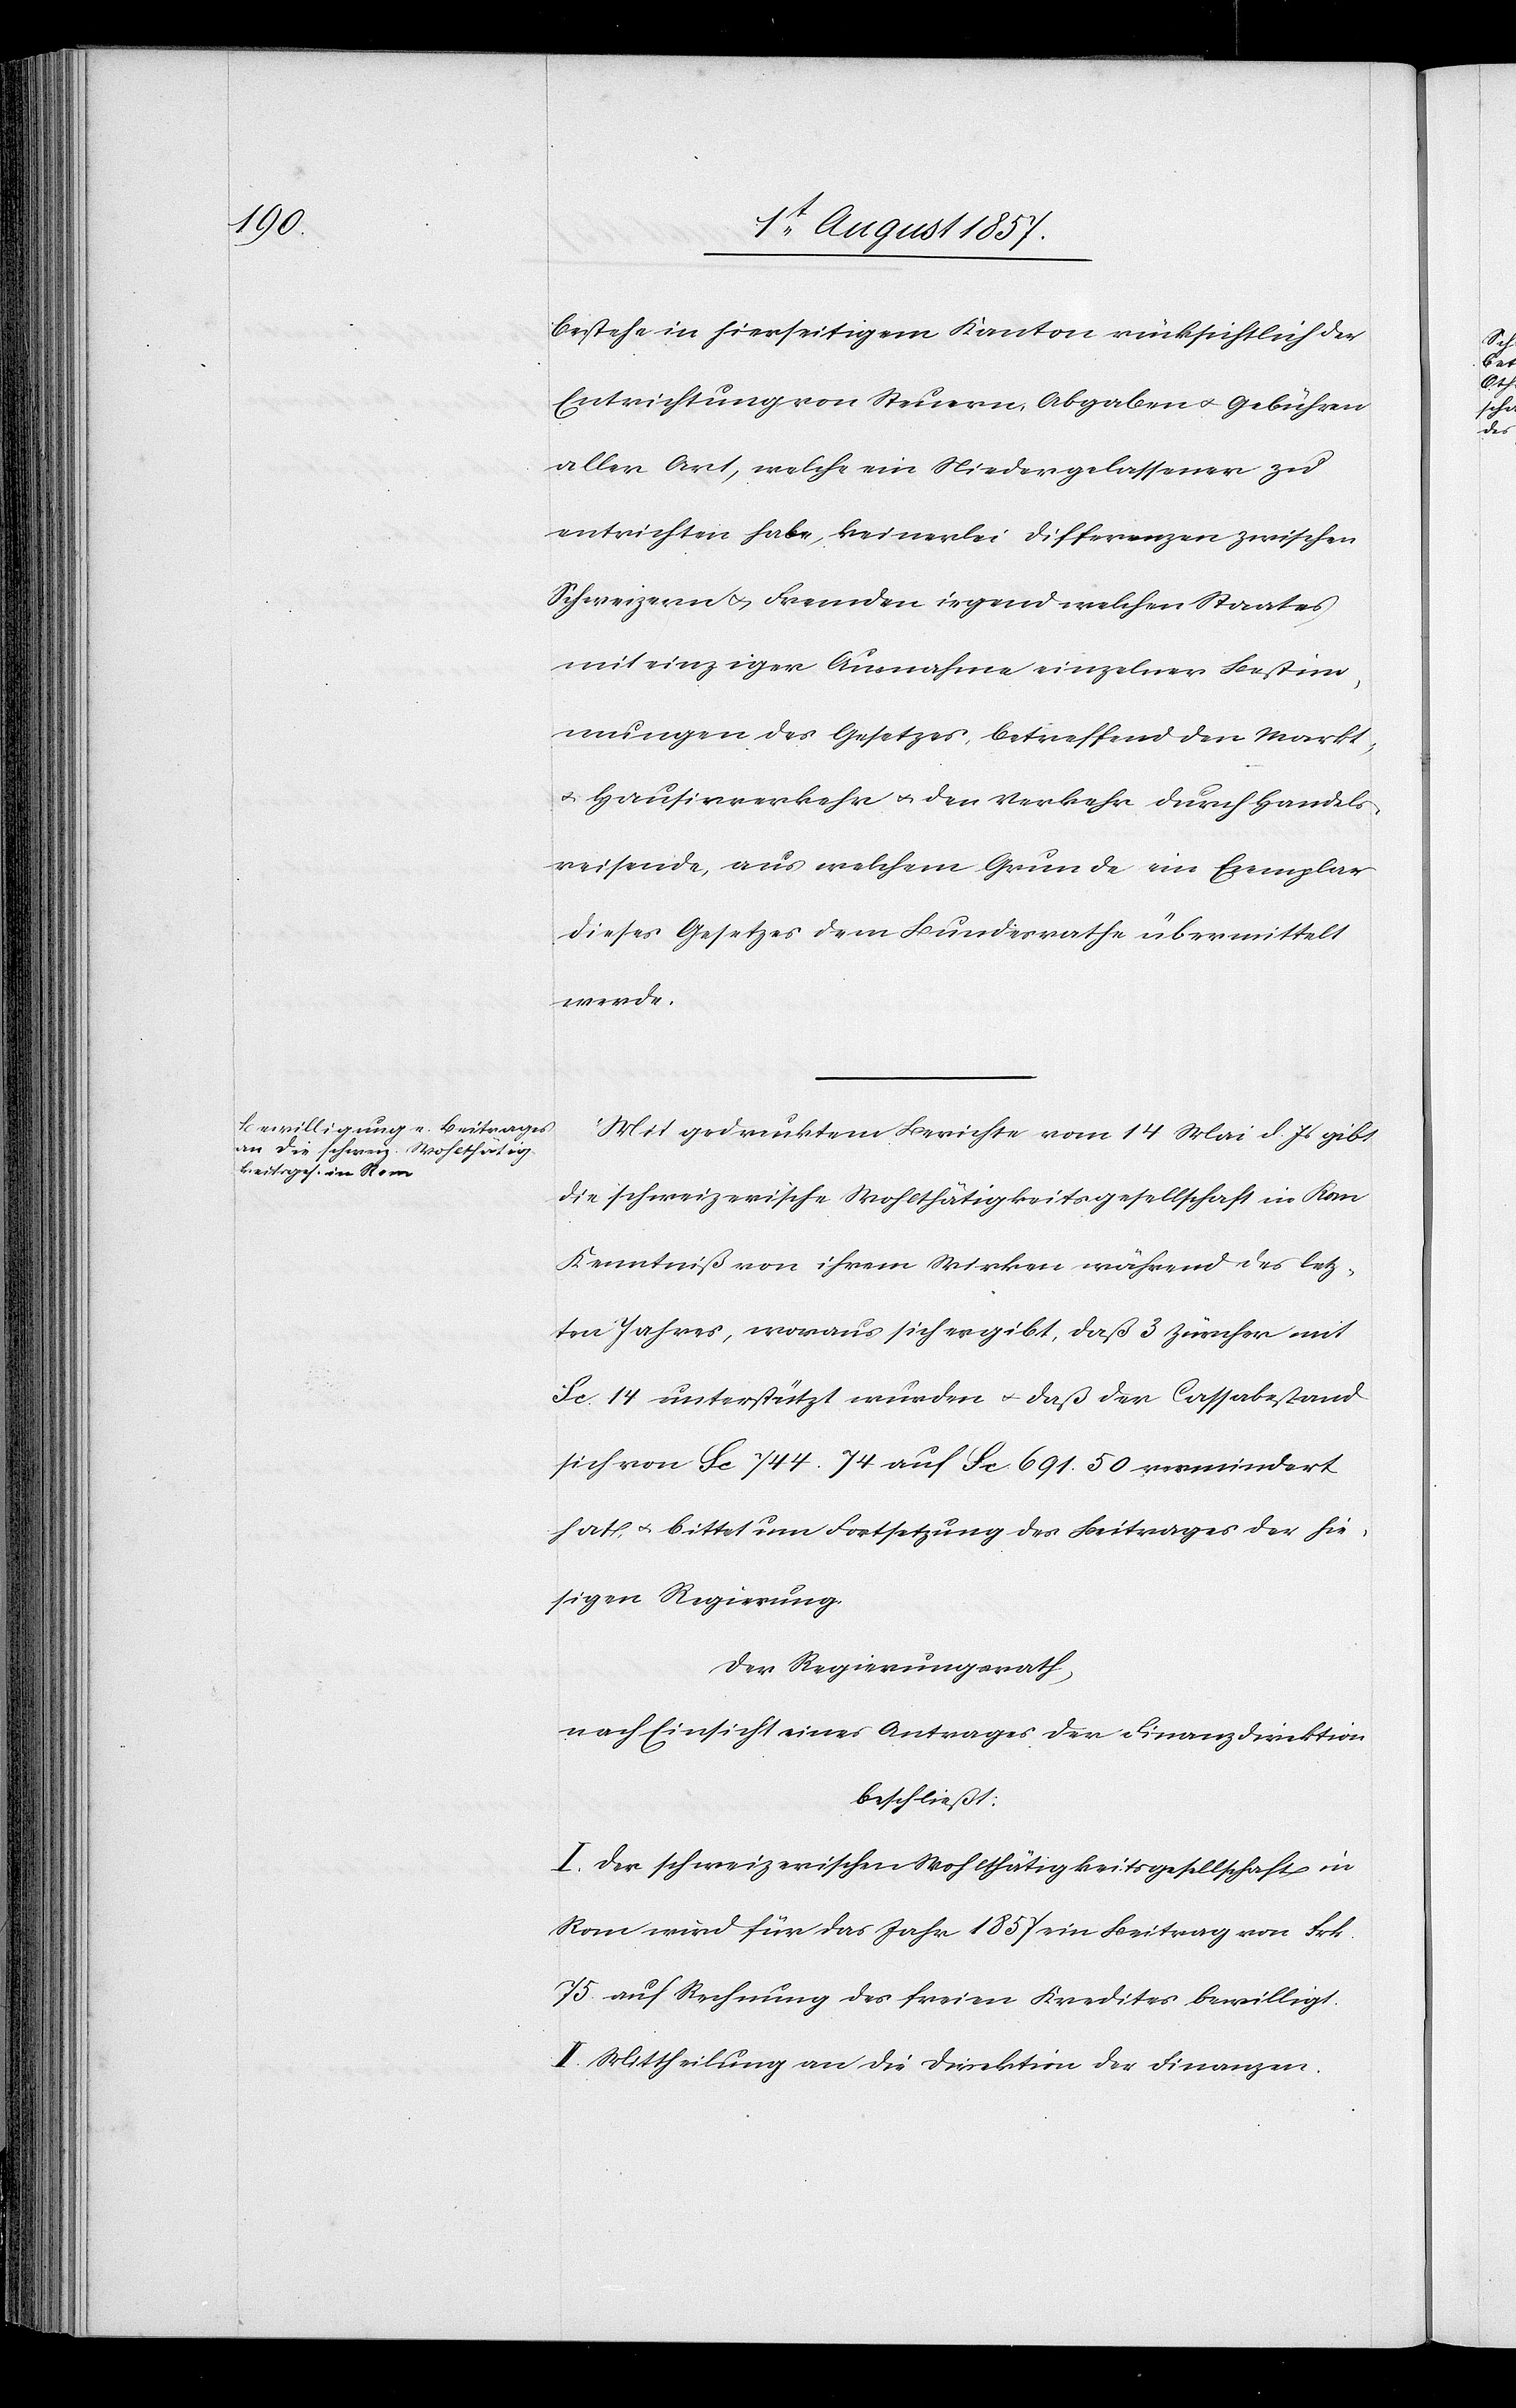
Handel¬

bestehe in hierseitigem Kanton rücksichtlich der
Entrichtung von Steuern, Abgaben & Gebühren
aller Art, welche ein Niedergelassener zu
entrichten habe, keinerlei Differenzen zwischen
Schweizern & Fremden irgend welchen Staates
mit einziger Ausnahme einzelner Bestim¬
mungen des Gesetzes, betreffend den Hausie¬
sreisende, aus welchem Grunde ein Exemplar
dieses Gesetzes dem Bundesrathe übermittelt
werde.
Mit gedrucktem Berichte vom 14 Mai d. Js. gibt
die schweizerische Wohlthätigkeitsgesellschaft in Rom
Kenntniß von ihrem Wirken während des letz¬
ten Jahres, woraus sich ergibt, daß 3 Zürcher mit
Fc. 14 unterstützt wurden & daß der Cassabestand
sich von Fc. 744. 74 auf Fc 691. 50 vermindert
hat & bittet um Festsetzung des Beitrages der hie¬
sigen Regierung.
Der Regierungsrath,
nach Einsicht eines Antrages der Finanzdirektion
beschließt:
I. Der schweizerischen Wohlthätigkeitsgesellschaft in
Rom wird für das Jahr 1857 ein Beitrag von Frk.
75 auf Rechnung des freien Kredites bewilligt.
II. Mittheilung an die Direktion der Finanzen.